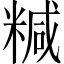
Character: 𥻇